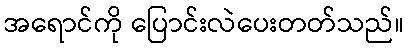
အရောင်ကို ပြောင်းလဲပေးတတ်သည်။